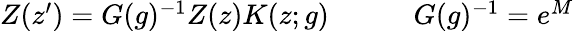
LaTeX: \begin{array}{cc}{{Z(z^{\prime})=G(g)^{-1}Z(z)K(z;g)~~~~}}&{{~~~~G(g)^{-1}=e^{M}}}\end{array}